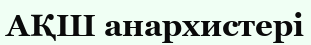
АҚШ анархистері